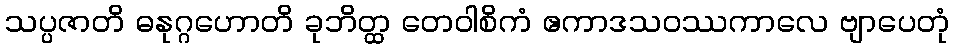
သပ္ပဇာတိ ဓနုဂ္ဂဟောတိ ခုဘိတ္ထ တေဝါစိကံ ဧကာဒသဝဿကာလေ ဗျာပေတုံ